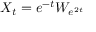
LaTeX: X _ { t } = e ^ { - t } W _ { e ^ { 2 t } }